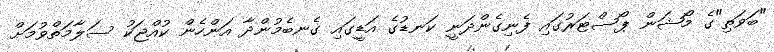
"ބަވަތި"ގެ މޯޝަން ޕޯސްޓަރުގައި ފެނިގެންދަނީ ކަނޑުގެ އަޑީގައި ގެނބެމުންދާ އަންހެން ކުއްޖަކު ސަލާމަތްވުމަށް